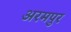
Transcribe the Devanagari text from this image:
अरमपुर